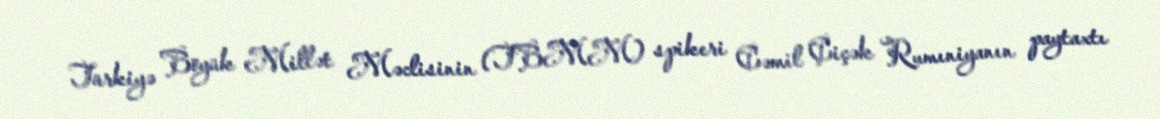
Türkiyə Böyük Millət Məclisinin (TBMM) spikeri Cəmil Çiçək Rumıniyanın paytaxtı